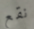
نقع